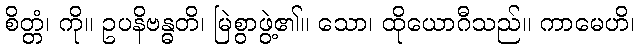
စိတ္တံ၊ ကို။ ဥပနိဗန္ဓတိ၊ မြဲစွာဖွဲ့၏။ သော၊ ထိုယောဂီသည်။ ကာမေဟိ၊